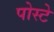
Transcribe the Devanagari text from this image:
पोस्टे